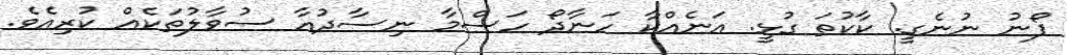
ފޯނު ނުނެގީ. ކާކުތަ ގުޅީ. އަނެއްކާ ހަނާދޯ ހަސްމާ ނިސާދުއާ ސުވާލުތަކެއް ކުރިއެވެ.